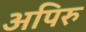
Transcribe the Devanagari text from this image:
अपिरु